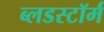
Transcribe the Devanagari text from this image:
ब्लडस्टॉर्म